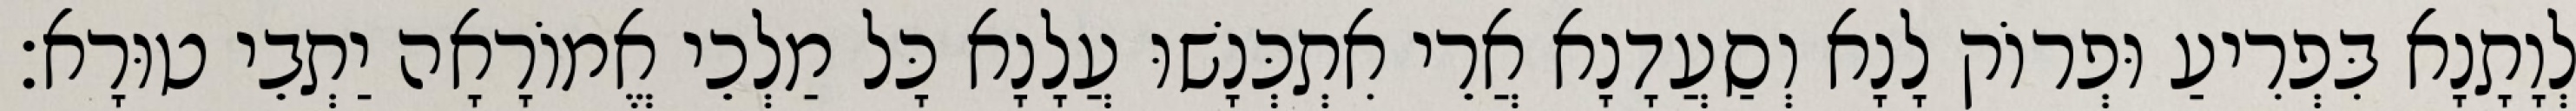
לְוָתָנָא בִּפְרִיעַ וּפְרוֹק לָנָא וְסַעֲדָנָא אֲרֵי אִתְכְּנָשׁוּ עֲלָנָא כָּל מַלְכֵי אֱמוֹרָאָה יַתְבֵי טוּרָא׃